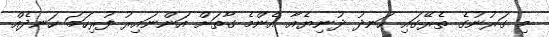
މި ގަރުނުގެ ތެރޭގައި ހަނދު ދުނިޔެއާ އެންމެ ގާތަށް އަންނައިރު ފުރިހަމަ ހަނދެއް